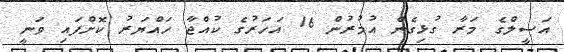
އަސީލްގެ މަރާ ގުޅިގެން އުމުރުން 16 އަހަރުގެ ކުއްޖާ ހައްޔަރު ކޮށްފައި ވަނީ